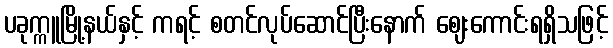
ပခုက္ကူမြို့နယ်နှင့် ကရင့် စတင်လုပ်ဆောင်ပြီးနောက် ဈေးကောင်းရရှိသဖြင့်